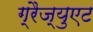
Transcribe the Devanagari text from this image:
ग्रैज्युएट